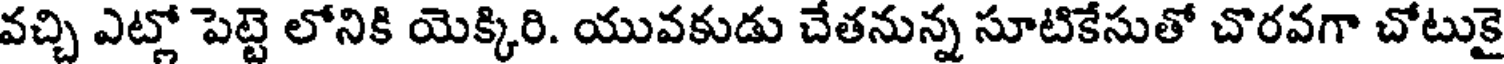
వచ్చి ఎట్లో పెట్టె లోనికి యెక్కిరి. యువకుడు చేతనున్న సూటికేసుతో చొరవగా చోటుకై